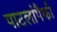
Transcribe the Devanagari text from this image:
पाटलांपैकी